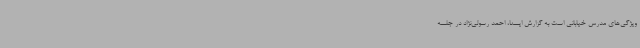
ویژگی‌های مدرس خیابانی است به گزارش ایسنا، احمد رسولی‌نژاد در جلسه